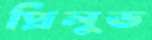
প্রিলুড